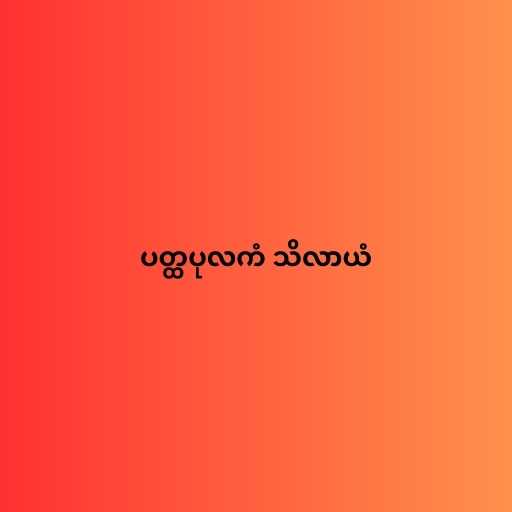
ပတ္ထပုလကံ သိလာယံ